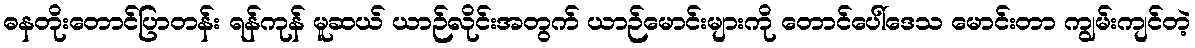
ဓနတိုးတောင်ပြာတန်း ရန်ကုန် မူဆယ် ယာဉ်လိုင်းအတွက် ယာဉ်မောင်းများကို တောင်ပေါ်ဒေသ မောင်းတာ ကျွမ်းကျင်တဲ့